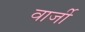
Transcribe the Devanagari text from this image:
वार्जी